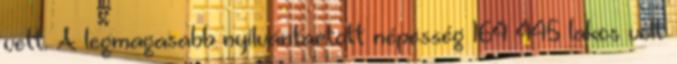
vett. A legmagasabb nyilvántartott népesség 164 445 lakos volt